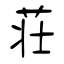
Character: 荘